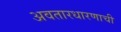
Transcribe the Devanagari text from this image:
अवतारधारणाची